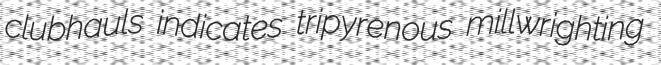
clubhauls indicates tripyrenous millwrighting